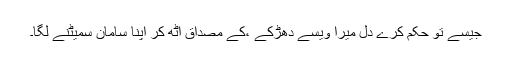
جیسے تو حکم کرے دل میرا ویسے دھڑکے ،کے مصداق اٹھ کر اپنا سامان سمیٹنے لگا۔